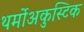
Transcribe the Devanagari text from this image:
थर्मोअकुस्टिक